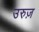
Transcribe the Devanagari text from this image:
उरुज़